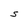
Character: S